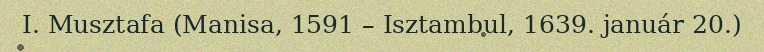
I. Musztafa (Manisa, 1591 – Isztambul, 1639. január 20.)